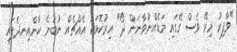
"ވާފިރު މިރޭ ވެސް ގޭގައި މަޑެއްނުވާނަން ދޯ" އިރުކޮޅަކު އެއްޗެއް ނުބުނެ ކާންއިނދެފައި